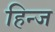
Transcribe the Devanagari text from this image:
हिन्ज